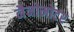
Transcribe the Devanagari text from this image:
नैनोमोटर